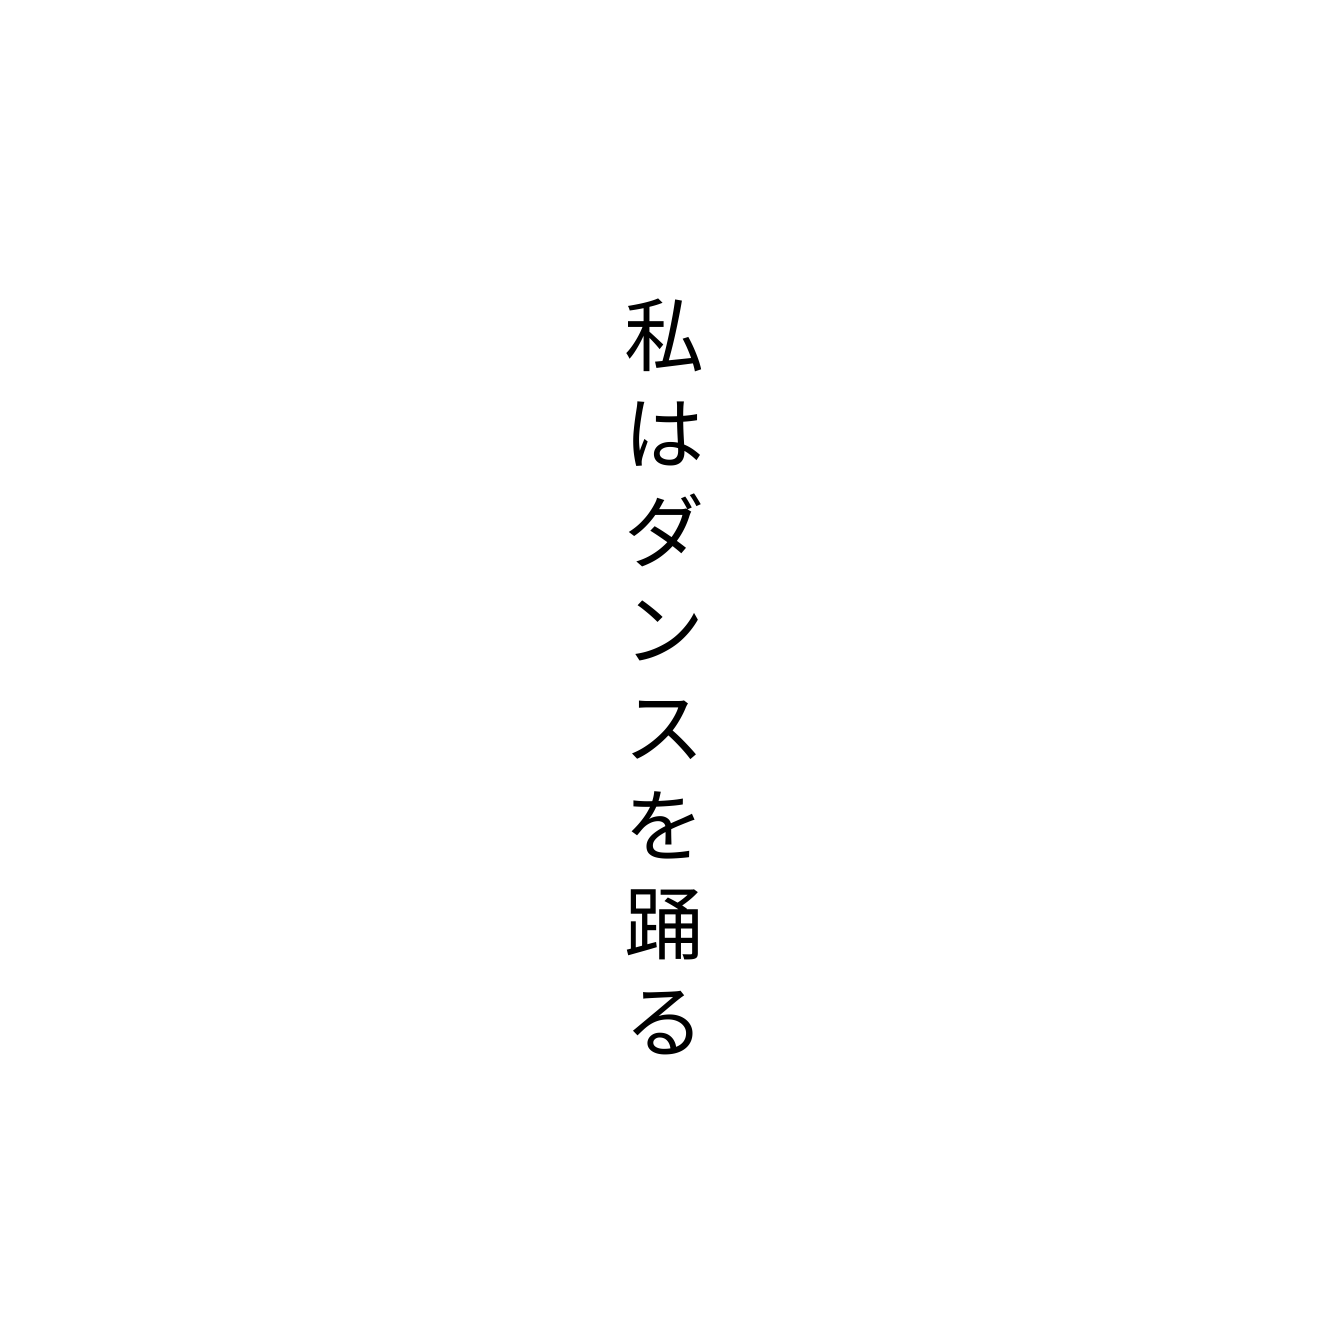
私はダンスを踊る